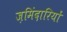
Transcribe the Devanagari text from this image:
ज़मिंदारियों